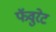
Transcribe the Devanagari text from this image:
फॅवुरेट